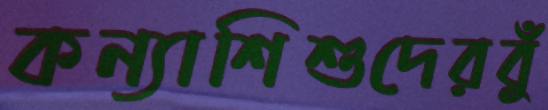
কন্যাশিশুদেরবুঁ